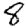
Digit: 8